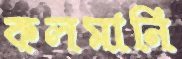
কলমানি